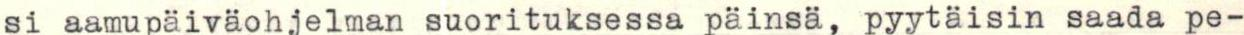
si aamupäiväohjelman suorituksessa päinsä, pyytäisin saada pe-